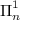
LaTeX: { \boldsymbol { \Pi } } _ { n } ^ { 1 }